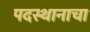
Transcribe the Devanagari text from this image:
पदस्थानाचा